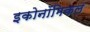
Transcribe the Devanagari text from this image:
इकोनॉमिकल